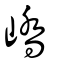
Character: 嶠